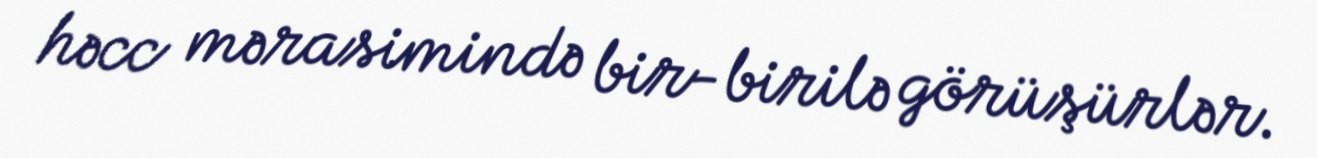
həcc mərasimində bir-birilə görüşürlər.